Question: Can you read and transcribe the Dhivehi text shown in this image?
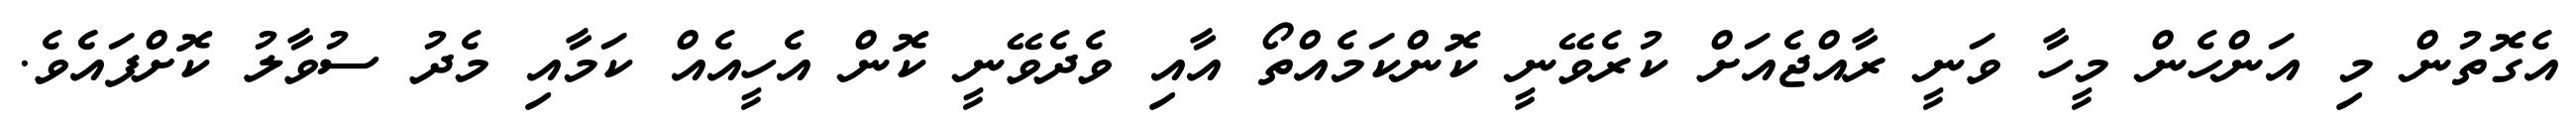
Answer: އެގޮތުން މި އަންހެން މީހާ ވަނީ ރާއްޖެއަށް ކުރެވޭނީ ކޮންކަމެއްތޯ އާއި ވެދެވޭނީ ކޮން އެހީއެއް ކަމާއި މެދު ސުވާލު ކޮށްފައެެވެ.